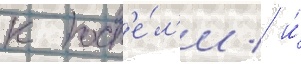
к пост'е́л'и / и́